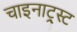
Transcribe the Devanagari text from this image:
चाइनाट्र्स्ट